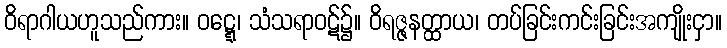
ဝိရာဂါယဟူသည်ကား။ ဝဋ္ဋေ၊ သံသရာဝဋ်၌။ ဝိရဇ္ဇနတ္ထာယ၊ တပ်ခြင်းကင်းခြင်းအကျိုးငှာ။